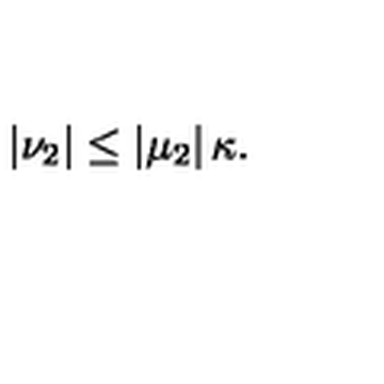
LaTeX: \left| \nu _ { 2 } \right| \leq \left| \mu _ { 2 } \right| \kappa .